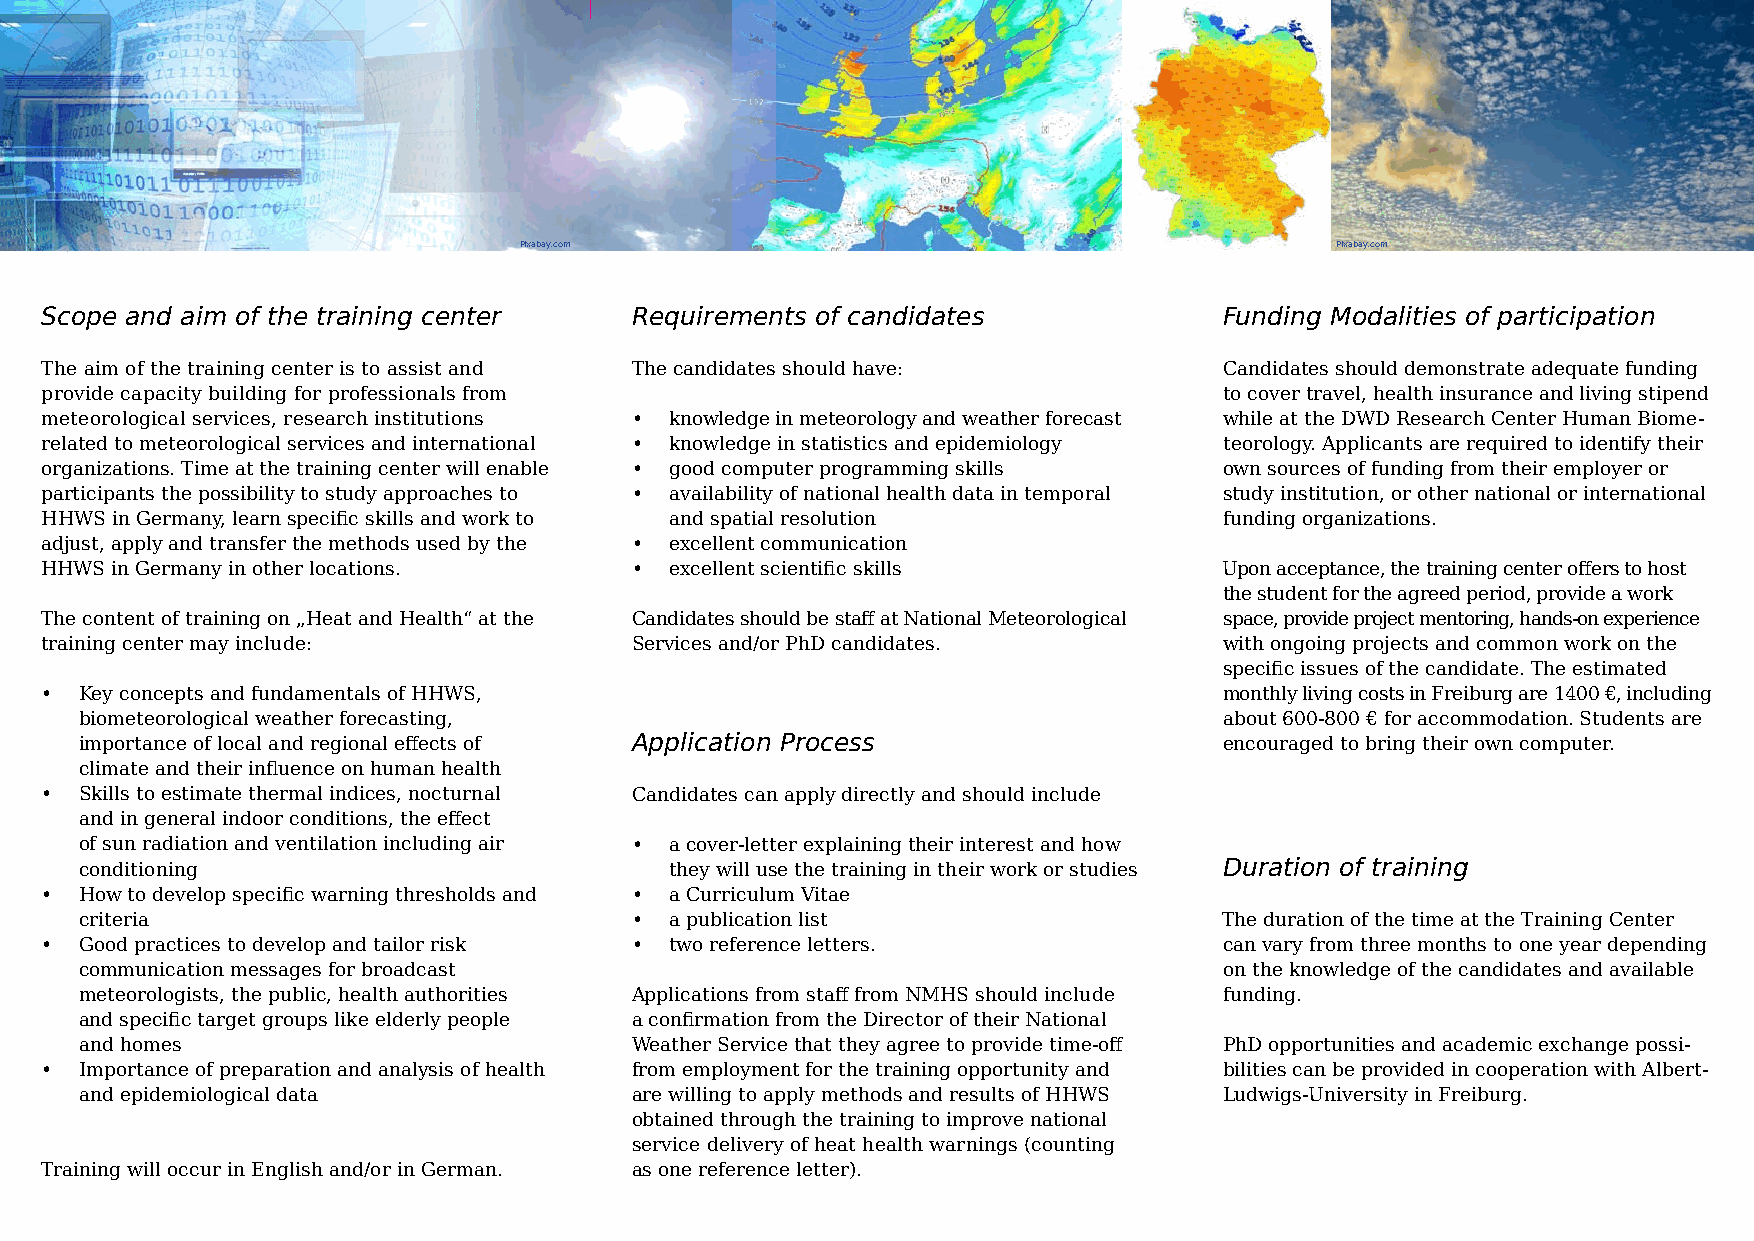
Pixabay.com                    Pixabay.com                                           Pixabay.com
 Scope and aim of the training center   Requirements of candidates             Funding Modalities of participation
 The aim of the training center is to assist and The candidates should have:   Candidates should demonstrate adequate funding
 provide capacity building for professionals from                              to cover travel, health insurance and living stipend
 meteorological services, research institutions • knowledge in meteorology and weather forecast while at the DWD Research Center Human Biome-
 related to meteorological services and international • knowledge in statistics and epidemiology teorology. Applicants are required to identify their
 organizations. Time at the training center will enable • good computer programming skills own sources of funding from their employer or
 participants the possibility to study approaches to • availability of national health data in temporal study institution, or other national or international
 HHWS in Germany, learn specific skills and work to and spatial resolution     funding organizations.
 adjust, apply and transfer the methods used by the • excellent communication
 HHWS in Germany in other locations.    • excellent scientific skills          Upon acceptance, the training center offers to host
 the student for the agreed period, provide a work
 The content of training on „Heat and Health“ at the Candidates should be staff at National Meteorological space, provide project mentoring, hands-on experience
 training center may include:           Services and/or PhD candidates.        with ongoing projects and common work on the
 specific issues of the candidate. The estimated
 • Key concepts and fundamentals of HHWS,                                      monthly living costs in Freiburg are 1400 €, including
 biometeorological weather forecasting,                                      about 600-800 € for accommodation. Students are
 importance of local and regional effects of Application Process             encouraged to bring their own computer.
 climate and their infuence on human health
 • Skills to estimate thermal indices, nocturnal Candidates can apply directly and should include
 and in general indoor conditions, the effect
 of sun radiation and ventilation including air • a cover-letter explaining their interest and how
 conditioning                           they will use the training in their work or studies Duration of training
 • How to develop specific warning thresholds and • a Curriculum Vitae
 criteria                             • a publication list                   The duration of the time at the Training Center
 • Good practices to develop and tailor risk • two reference letters.          can vary from three months to one year depending
 communication messages for broadcast                                        on the knowledge of the candidates and available
 meteorologists, the public, health authorities Applications from staff from NMHS should include funding.
 and specific target groups like elderly people a confirmation from the Director of their National
 and homes                            Weather Service that they agree to provide time-off PhD opportunities and academic exchange possi-
 • Importance of preparation and analysis of health from employment for the training opportunity and bilities can be provided in cooperation with Albert-
 and epidemiological data             are willing to apply methods and results of HHWS Ludwigs-University in Freiburg.
 obtained through the training to improve national
 service delivery of heat health warnings (counting
 Training will occur in English and/or in German. as one reference letter).